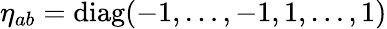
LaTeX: \eta_{ab}=\mathrm{diag}(-1,\ldots,-1,1,\ldots,1)